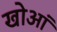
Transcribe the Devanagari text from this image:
खोआं